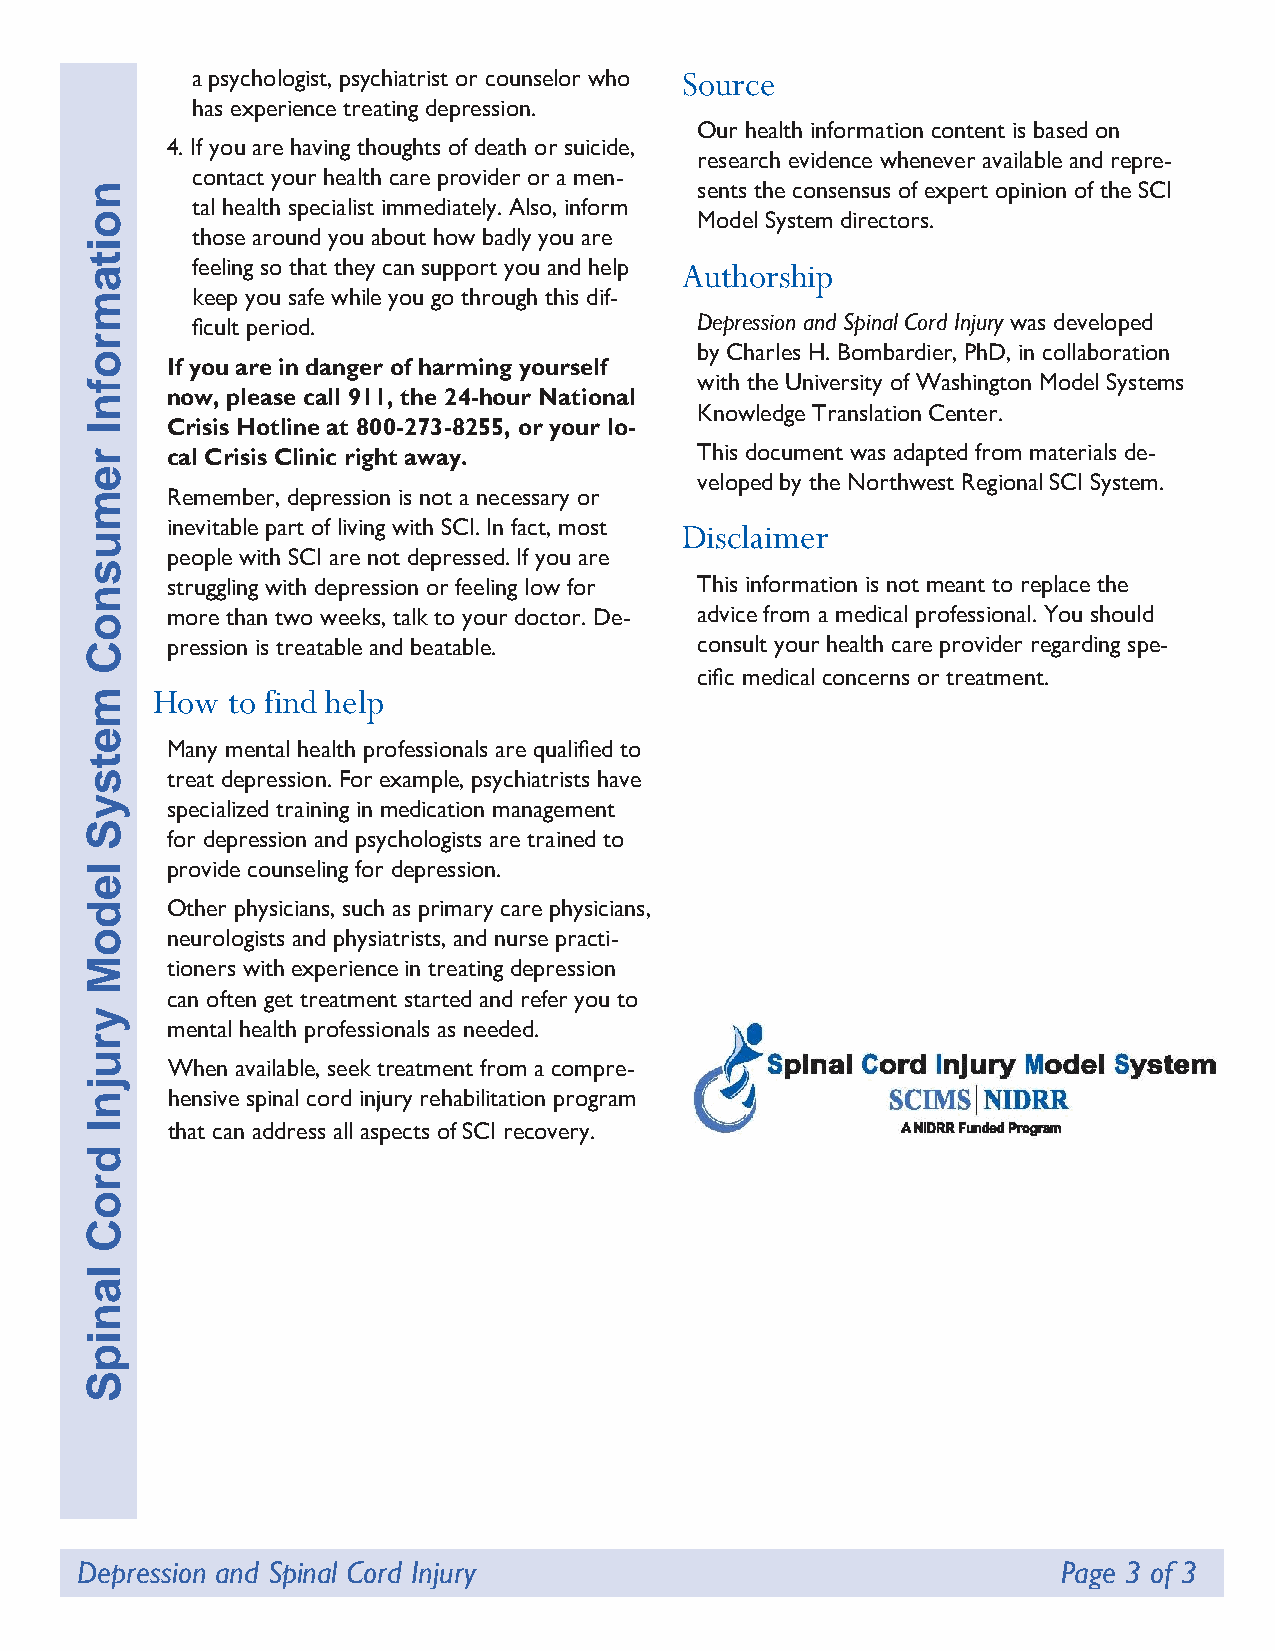
a psychologist, psychiatrist or counselor who Source
 has experience treating depression.
 Our health information content is based on
 4. If you are having thoughts of death or suicide,
 research evidence whenever available and repre-
 contact your health care provider or a men-
 n                                       sents the consensus of expert opinion of the SCI
 tal health specialist immediately. Also, inform
 o                                       Model System directors.
 those around you about how badly you are
 i
 t
 a      feeling so that they can support you and help Authorship
 m      keep you safe while you go through this dif-
 ficult period.                   Depression and Spinal Cord Injury was developed
 r
 by Charles H. Bombardier, PhD, in collaboration
 o
 If you are in danger of harming yourself
 f                                       with the University of Washington Model Systems
 now, please call 911, the 24-hour National
 n
 Knowledge Translation Center.
 I    Crisis Hotline at 800-273-8255, or your lo-
 r    cal Crisis Clinic right away.      This document was adapted from materials de-
 e
 veloped by the Northwest Regional SCI System.
 m    Remember, depression is not a necessary or
 inevitable part of living with SCI. In fact, most Disclaimer
 u
 people with SCI are not depressed. If you are
 s
 struggling with depression or feeling low for This information is not meant to replace the
 n
 o    more than two weeks, talk to your doctor. De- advice from a medical professional. You should
 C    pression is treatable and beatable. consult your health care provider regarding spe-
 cific medical concerns or treatment.
 m   How  to find help
 e
 Many mental health professionals are qualified to
 t
 s    treat depression. For example, psychiatrists have
 y    specialized training in medication management
 S
 for depression and psychologists are trained to
 l    provide counseling for depression.
 e
 d    Other physicians, such as primary care physicians,
 o    neurologists and physiatrists, and nurse practi-
 M    tioners with experience in treating depression
 can often get treatment started and refer you to
 y
 mental health professionals as needed.
 r
 u
 When available, seek treatment from a compre-
 j
 n    hensive spinal cord injury rehabilitation program
 I    that can address all aspects of SCI recovery.
 d
 r
 o
 C
 l
 a
 n
 i
 p
 S
 Depression and Spinal Cord Injury                                Page 3 of 3